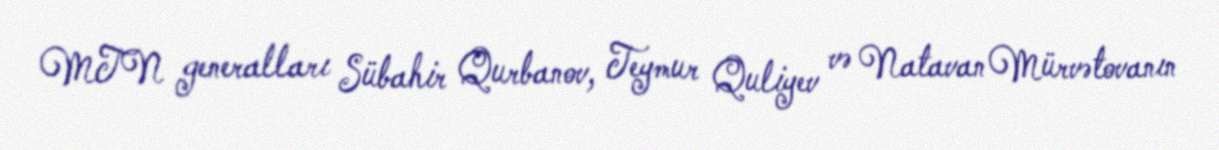
MTN generalları Sübahir Qurbanov, Teymur Quliyev və Natavan Mürvətovanın